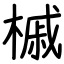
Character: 槭